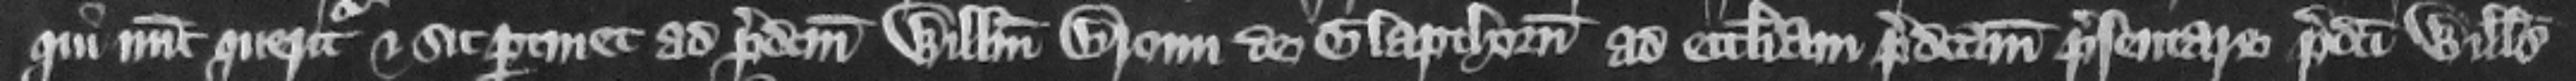
qui nunc queritur. Et sic pertinet ad predictum Willelmum Broun de Glapthorn ad ecclesiam predictam presentare. Predicti Willelmus